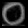
Digit: ၀